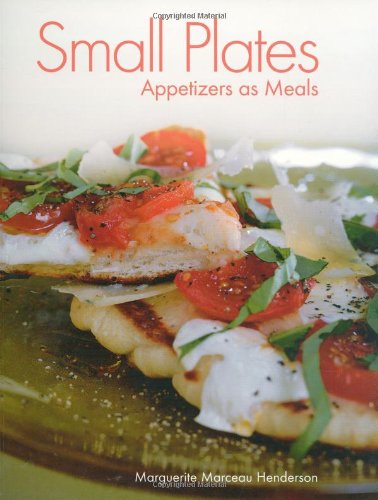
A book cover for Small Plates: Appetizers as Meals; Marguerite Henderson; Cookbooks, Food & Wine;